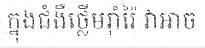
ក្នុងជំងឺថ្លើមរ៉ាំរ៉ៃ វាអាច